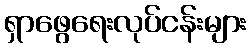
ရှာဖွေရေးလုပ်ငန်းများ